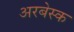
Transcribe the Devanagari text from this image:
अरबेस्क